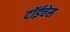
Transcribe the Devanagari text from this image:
दॉईचेस